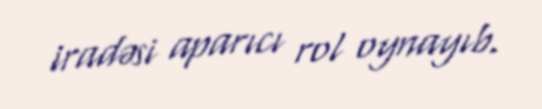
iradəsi aparıcı rol oynayıb.